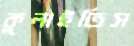
কুলাইতিস